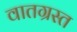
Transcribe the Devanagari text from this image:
वातग्रस्त